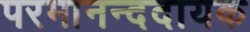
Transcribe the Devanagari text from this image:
परमानन्ददायक